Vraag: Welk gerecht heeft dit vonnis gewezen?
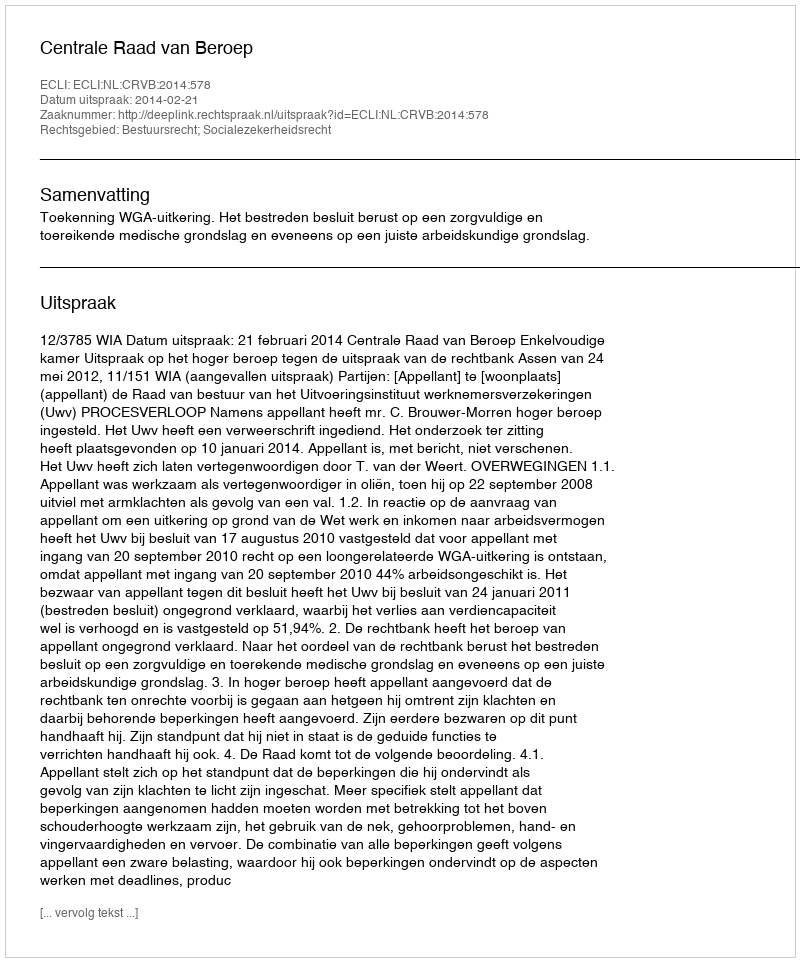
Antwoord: Centrale Raad van Beroep